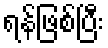
ရန်ဖြစ်ပြီး